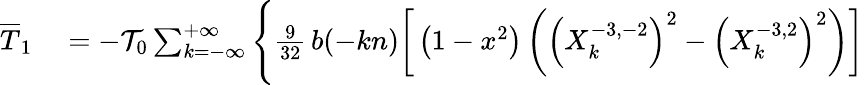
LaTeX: \begin{array}{rl}{\overline{T}_{1}}&{{}=-{\cal T}_{0}\sum_{k=-\infty}^{+\infty}\Bigg\{ \frac{9}{32}\, b(-kn)\bigg[\left(1-x^{2}\right)\left(\left(X_{k}^{-3,-2}\right)^{2}-\left(X_{k}^{-3,2}\right)^{2}\right)\bigg]}\end{array}